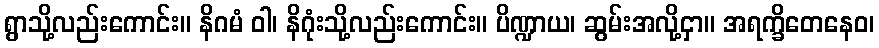
ရွာသို့လည်းကောင်း။ နိဂမံ ဝါ၊ နိဂုံးသို့လည်းကောင်း။ ပိဏ္ဍာယ၊ ဆွမ်းအလို့ငှာ။ အရက္ခိတေနေဝ၊